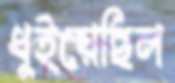
ধুইয়েছিল